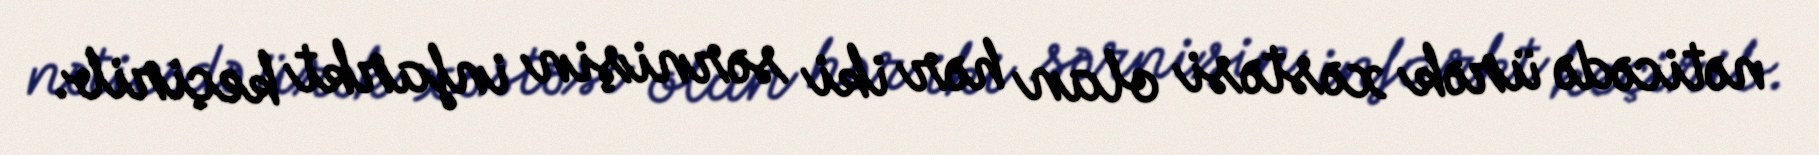
nəticədə ürək xəstəsi olan hər iki sərnişin infarkt keçirib.